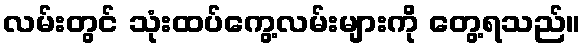
လမ်းတွင် သုံးထပ်ကွေ့လမ်းများကို တွေ့ရသည်။